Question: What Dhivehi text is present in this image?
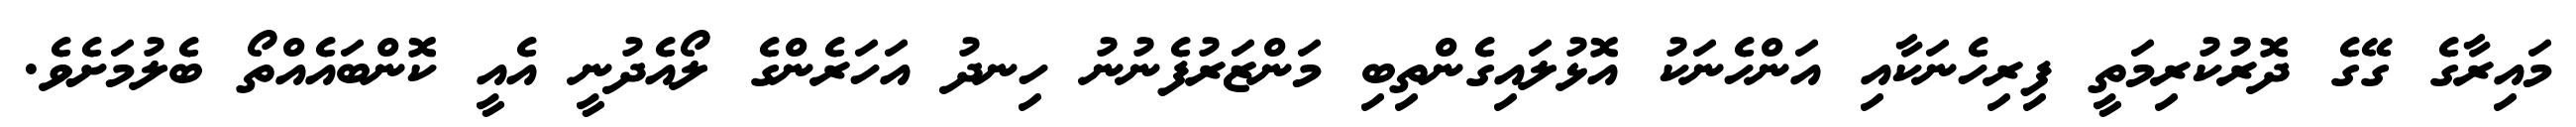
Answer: މައިރާގެ ގޭގެ ދޮރުކުރިމަތީ ފިރިހެނަކާއި އަންހެނަކު އޮޅުލައިގެންތިބި މަންޒަރުފެނުނު ހިނދު އަހަރެންގެ ލޯއެދުނީ އެއީ ކޮންބައެއްތޯ ބެލުމަށެވެ.